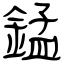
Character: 錳